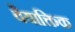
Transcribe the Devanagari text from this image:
वैयाक्तिक